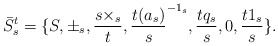
\begin{align*} \bar{S}^{t}_{s}=\{S,\pm_{s}, \frac{s\times_{s}}{t},\frac{t(a_{s})}{s}^{-1_{s}}, \frac{tq_{s}}{s},0, \frac{t1_{s}}{s}\}.\end{align*}